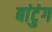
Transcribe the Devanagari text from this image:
बांटुंग